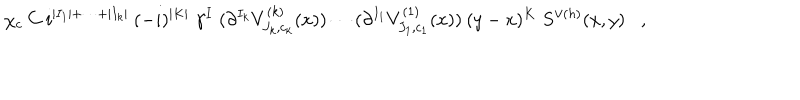
\chi _ { c } \: C \: i ^ { | I _ { 1 } | + \cdots + | I _ { k } | } \: ( - i ) ^ { | K | } \; \gamma ^ { I } \; ( \partial ^ { I _ { k } } V _ { J _ { k } , c _ { k } } ^ { ( k ) } ( x ) ) \cdots ( \partial ^ { I _ { 1 } } V _ { J _ { 1 } , c _ { 1 } } ^ { ( 1 ) } ( x ) ) \: ( y - x ) ^ { K } \; S ^ { \vee ( h ) } ( x , y ) ,